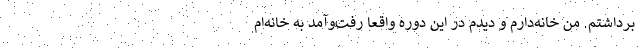
برداشتم. من خانه‌دارم و دیدم در این دوره واقعاً رفت‌وآمد به خانه‌ام